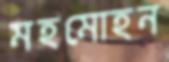
মহমোহন